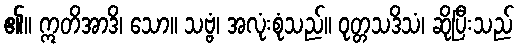
၏။ ဣတိအာဒိ၊ သော။ သဗ္ဗံ၊ အလုံးစုံသည်။ ဝုတ္တသဒိသံ၊ ဆိုပြီးသည်